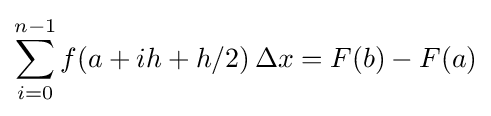
\sum _{i=0}^{n-1}f(a+ih+h/2)\,\Delta x=F(b)-F(a)